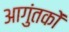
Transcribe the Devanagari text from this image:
आगुंतकों